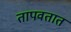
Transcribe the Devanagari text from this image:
तापवतात